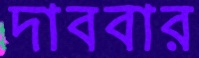
দাববার